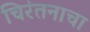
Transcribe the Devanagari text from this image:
चिरंतनाचा